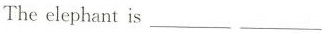
The elephant is___ ___